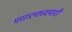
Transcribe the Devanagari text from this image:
प्रसारमाध्यमाशी